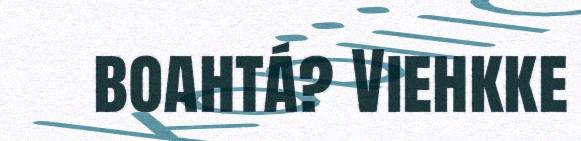
boahtá? Viehkke